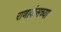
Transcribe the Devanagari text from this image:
राणाकंसच्या